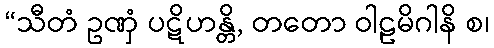
“သီတံ ဥဏှံ ပဋိဟန္တိ, တတော ဝါဠမိဂါနိ စ၊